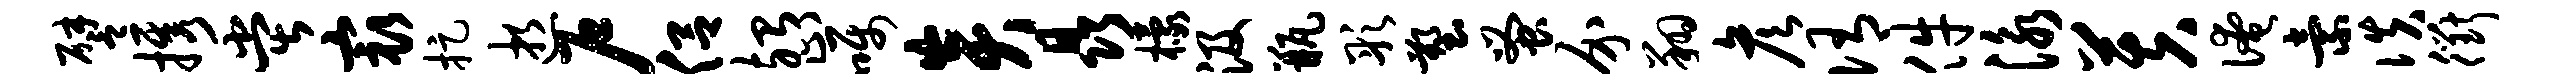
譬携堂最捉逝户侣殆止嘱炎晶檬汲瓶彤塑蚤介翔彦侑件泳芙淹索佚衢